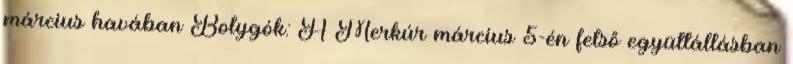
március havában Bolygók: A Merkúr március 5-én felső együttállásban